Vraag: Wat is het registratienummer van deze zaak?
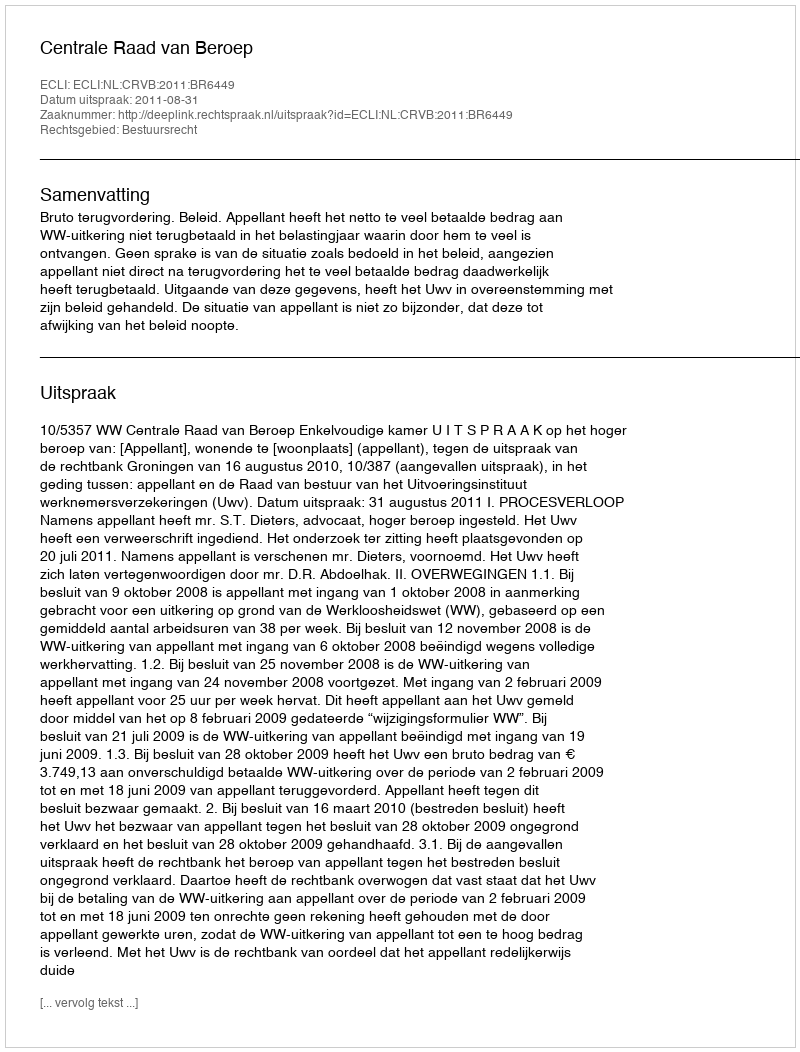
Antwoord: http://deeplink.rechtspraak.nl/uitspraak?id=ECLI:NL:CRVB:2011:BR6449